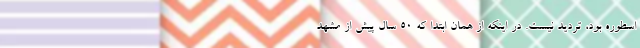
اسطوره بود، تردید نیست. در اینکه از همان ابتدا که 50 سال پیش از مشهد